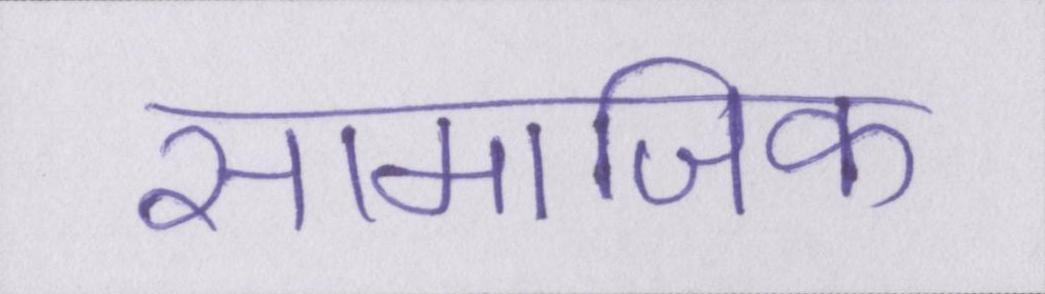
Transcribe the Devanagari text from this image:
सामाजिक